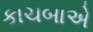
કાચબાએ